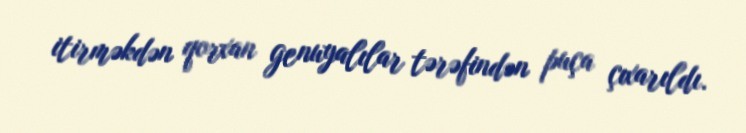
itirməkdən qorxan genuyalılar tərəfindən puça çıxarıldı.